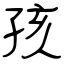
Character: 孩